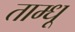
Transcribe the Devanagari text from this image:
ताम्धू